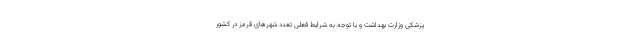
پزشکی وزارت بهداشت و با توجه به شرایط فعلی تعدد شهرهای قرمز در کشور